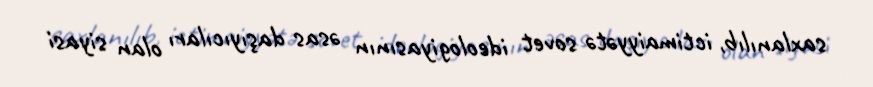
saxlanılıb, ictimaiyyətə sovet ideologiyasının əsas daşıyıcıları olan siyasi